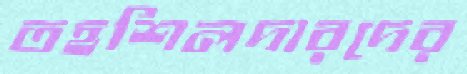
তহশিলদারদের